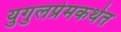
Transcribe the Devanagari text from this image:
युगुलप्रेमकथेत